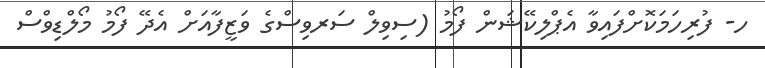
ހ- ފުރިހަމަކޮށްފައިވާ އެޕްލިކޭޝަން ފޯމު (ސިވިލް ސަރވިސްގެ ވަޒީފާއަށް އެދޭ ފޯމު މޯލްޑިވްސް